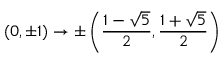
( 0 , \pm 1 ) \rightarrow \pm \left( \frac { 1 - \sqrt { 5 } } { 2 } , \frac { 1 + \sqrt { 5 } } { 2 } \right)